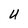
Character: U